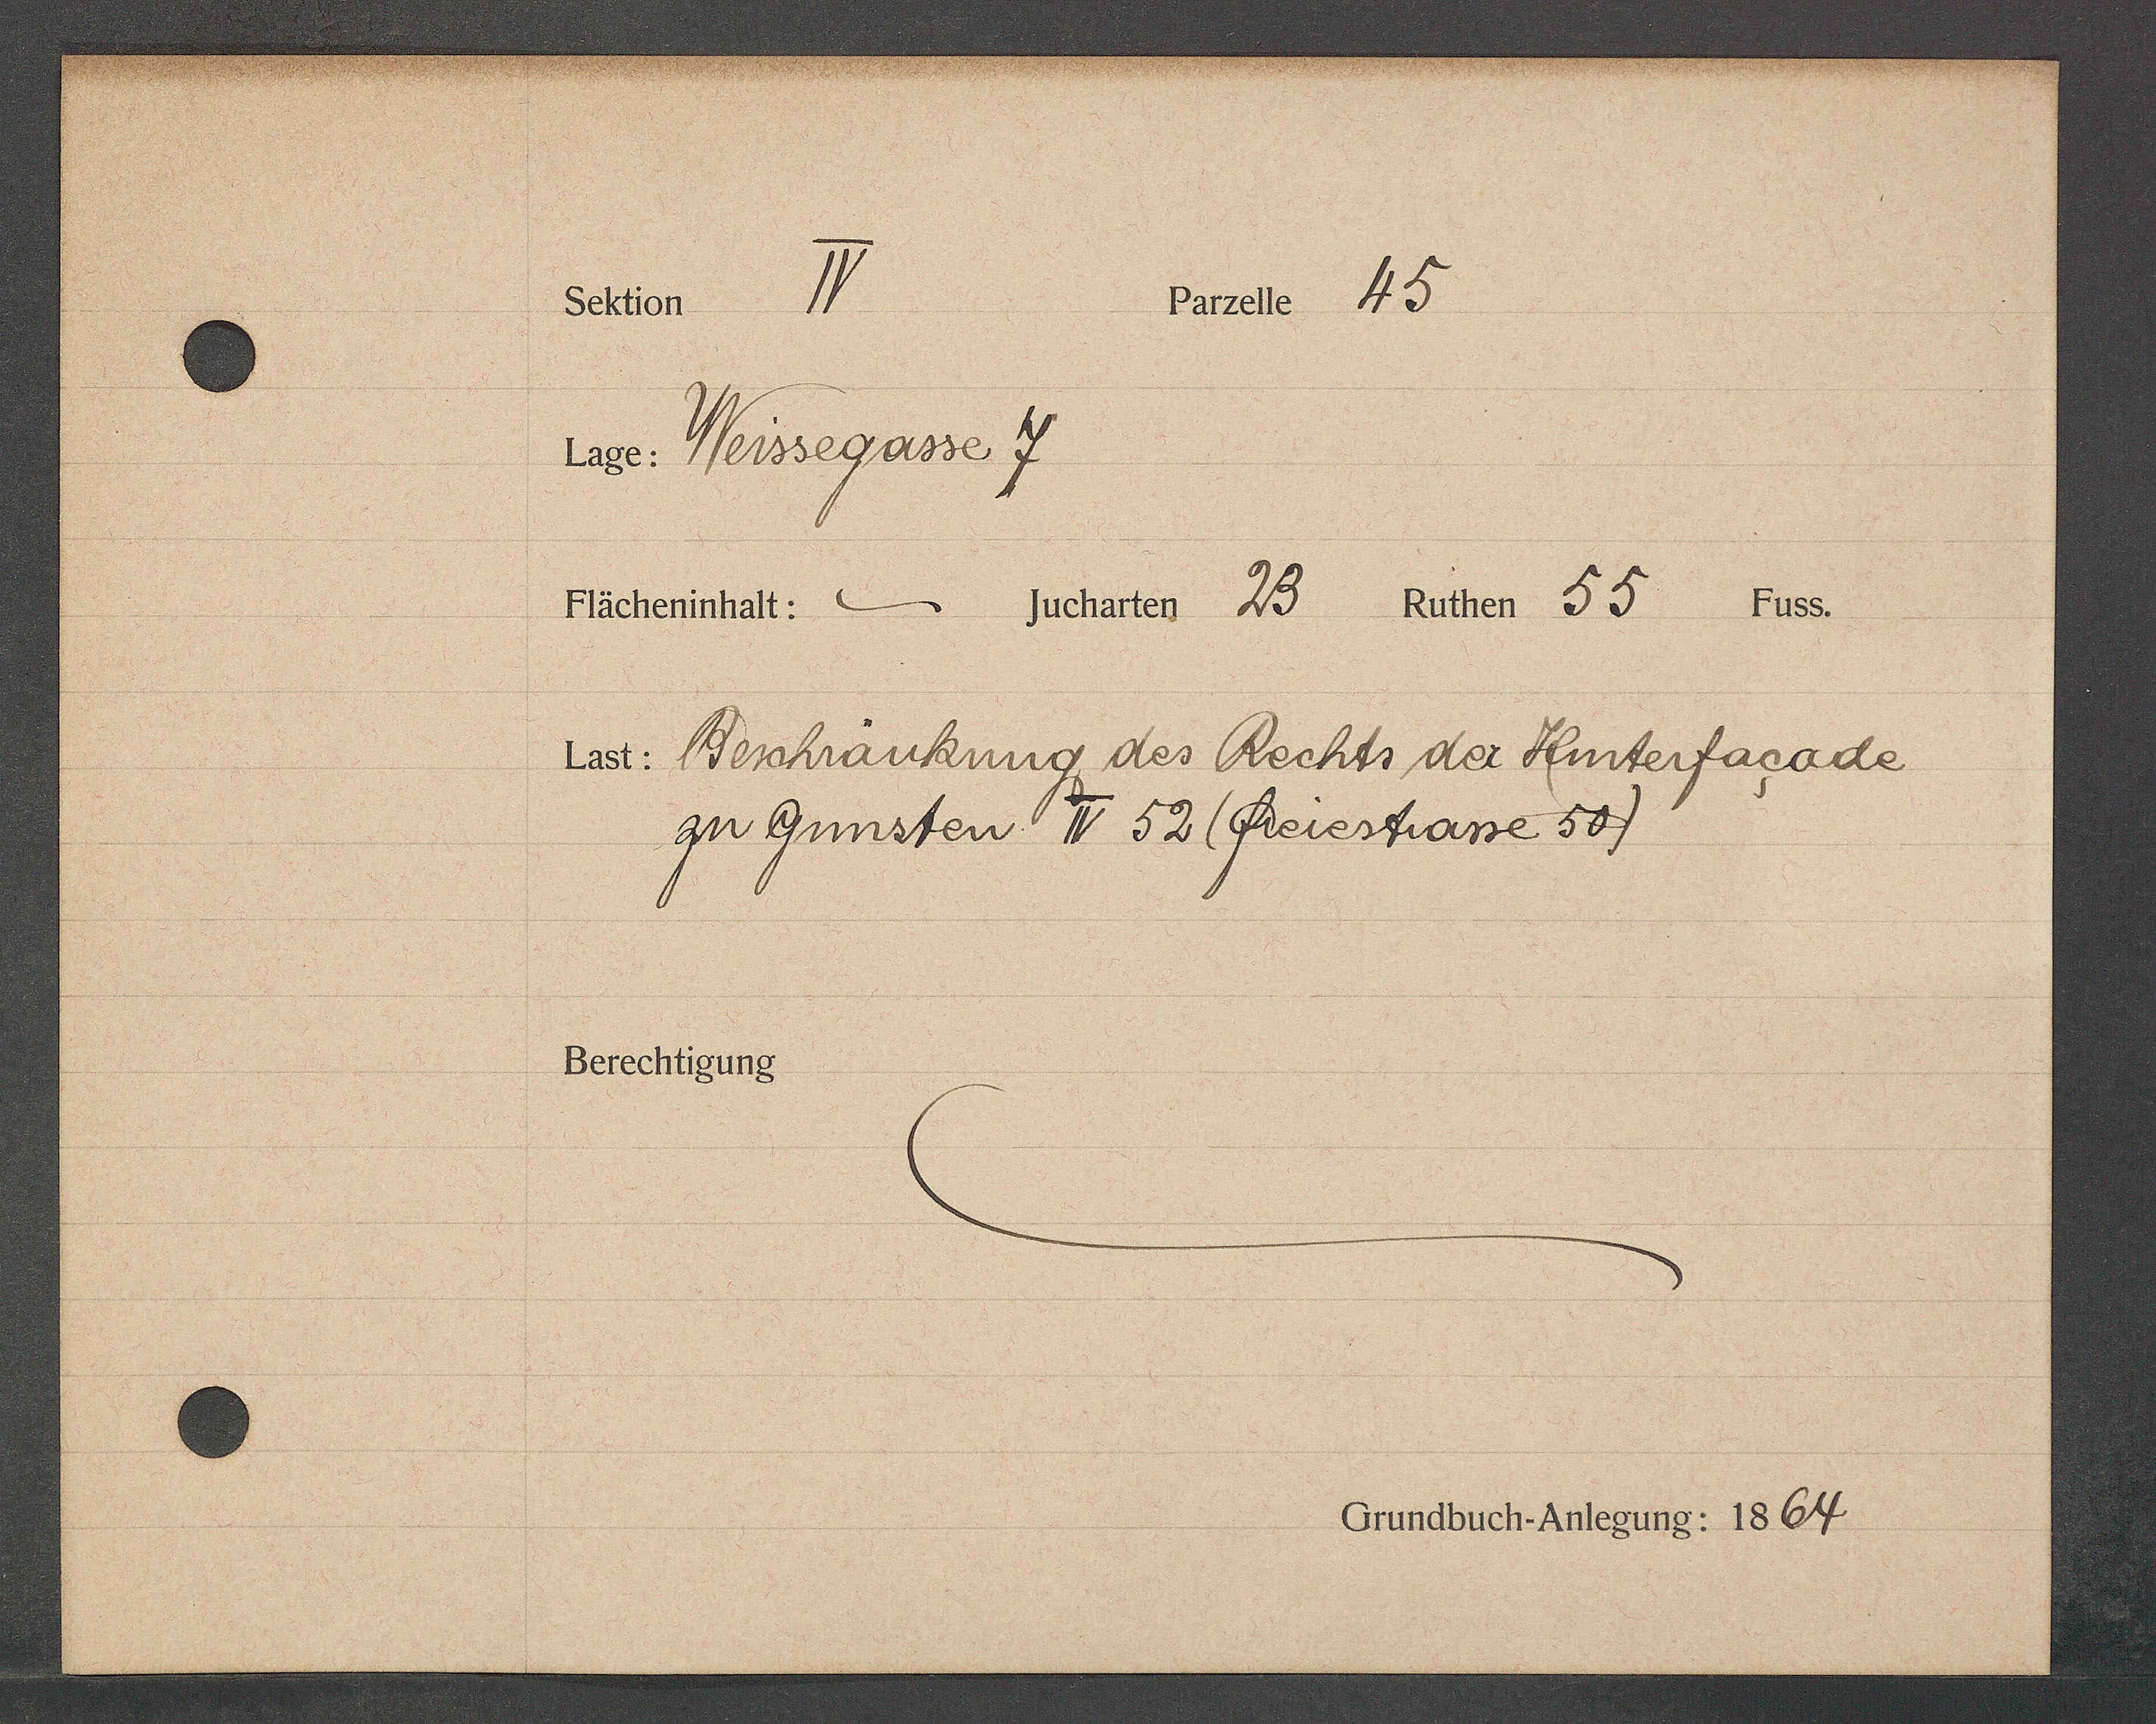
Transcript:
Parpele 45
Sher V
Lge Neissegasse 7
Flächeninhalt:  Jucharten 23 Ruthen 55 Fuss.
Lad: Weschräukung des Rechts der Hnterfagsde
zu Gunsten T 52 ( feierpase 50)
Berechtigung
Grundbuch-Anlegung: 1864